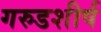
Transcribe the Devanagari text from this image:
गरुडशीर्ष